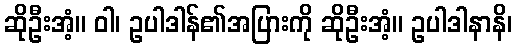
ဆိုဦးအံ့။ ဝါ၊ ဥပါဒါန်၏အပြားကို ဆိုဦးအံ့။ ဥပါဒါနာနိ၊